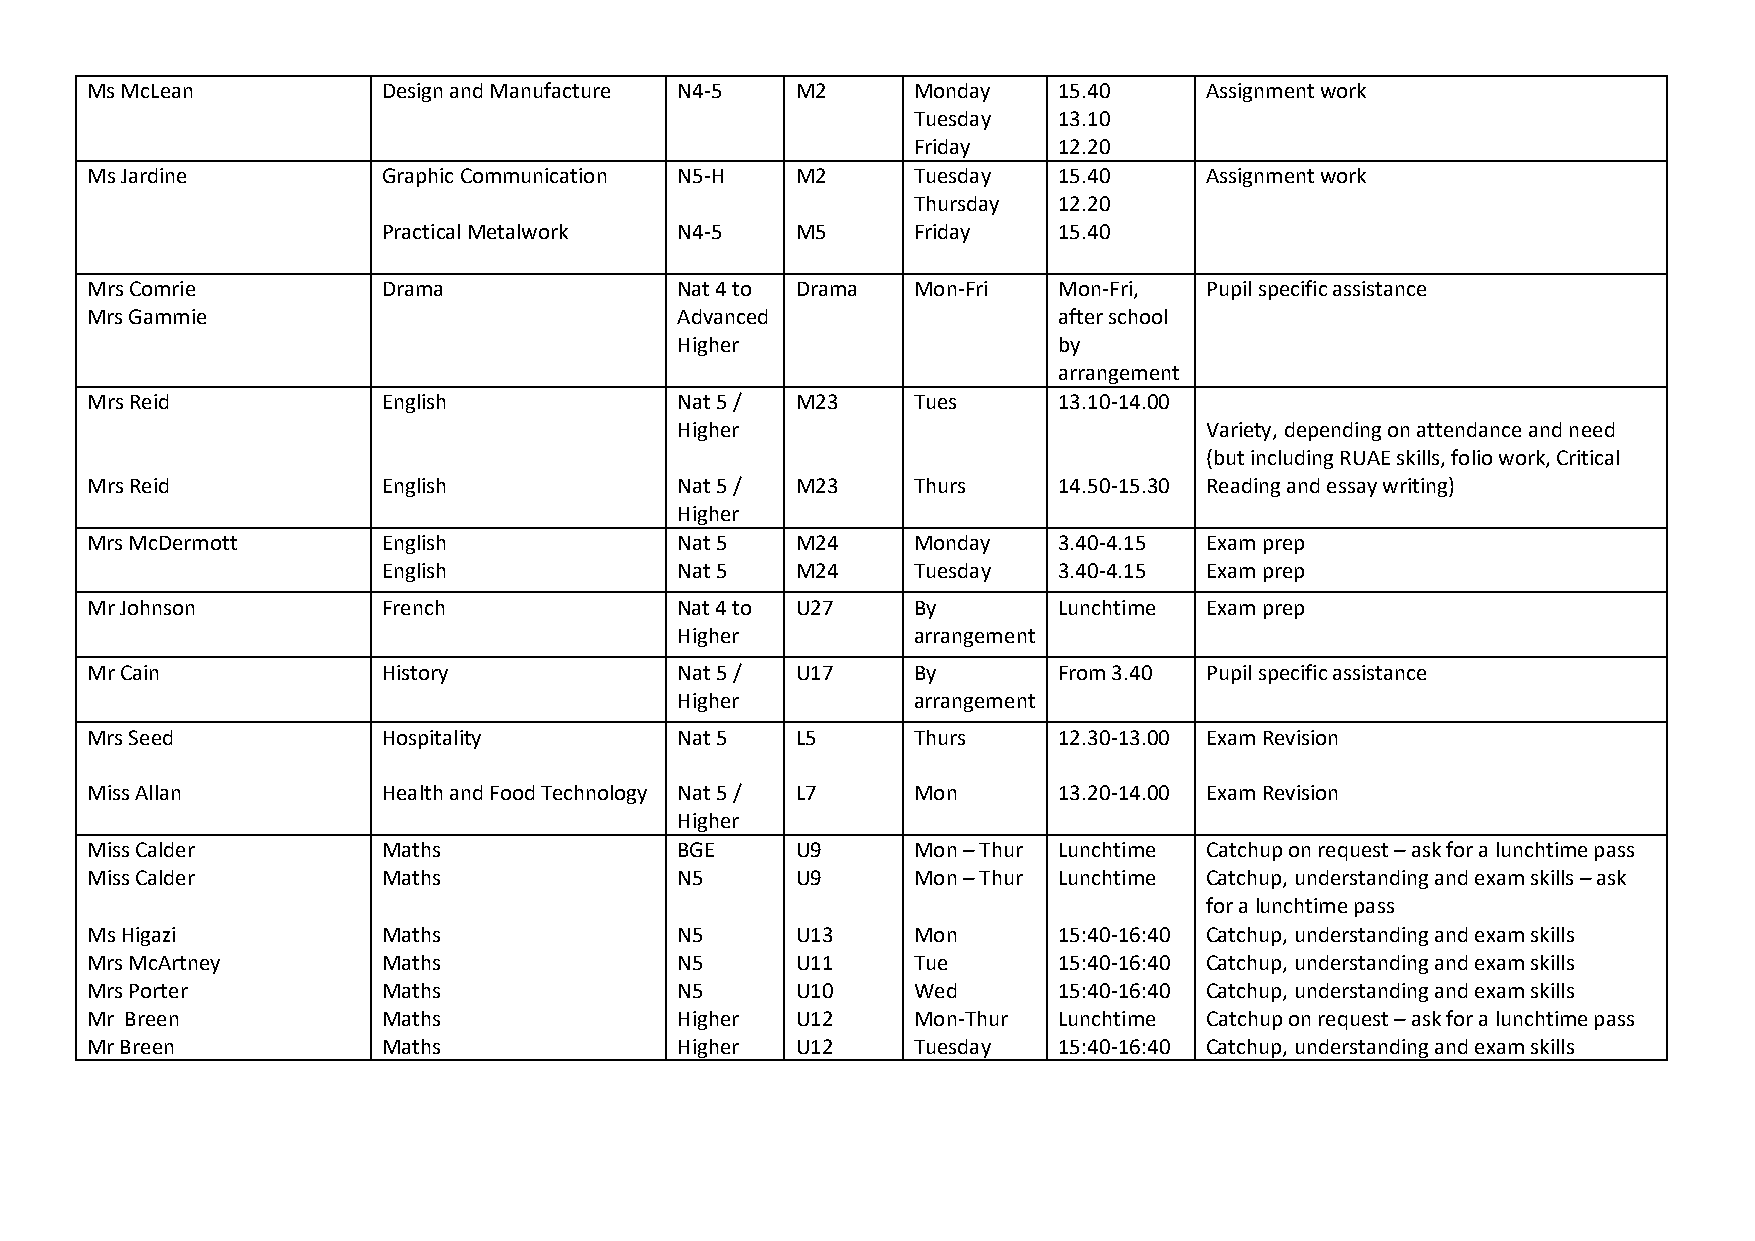
Ms McLean          Design and Manufacture N4-5 M2     Monday    15.40     Assignment work
 Tuesday   13.10
 Friday    12.20
 Ms Jardine         Graphic Communication N5-H  M2     Tuesday   15.40     Assignment work
 Thursday  12.20
 Practical Metalwork N4-5    M5     Friday    15.40
 Mrs Comrie         Drama               Nat 4 to Drama Mon-Fri   Mon-Fri,  Pupil specific assistance
 Mrs Gammie                             Advanced                 after school
 Higher                   by
 arrangement
 Mrs Reid           English             Nat 5 / M23    Tues      13.10-14.00
 Higher                             Variety, depending on attendance and need
 (but including RUAE skills, folio work, Critical
 Mrs Reid           English             Nat 5 / M23    Thurs     14.50-15.30 Reading and essay writing)
 Higher
 Mrs McDermott      English             Nat 5   M24    Monday    3.40-4.15 Exam prep
 English             Nat 5   M24    Tuesday   3.40-4.15 Exam prep
 Mr Johnson         French              Nat 4 to U27   By        Lunchtime Exam prep
 Higher         arrangement
 Mr Cain            History             Nat 5 / U17    By        From 3.40 Pupil specific assistance
 Higher         arrangement
 Mrs Seed           Hospitality         Nat 5   L5     Thurs     12.30-13.00 Exam Revision
 Miss Allan         Health and Food Technology Nat 5 / L7 Mon    13.20-14.00 Exam Revision
 Higher
 Miss Calder        Maths               BGE     U9     Mon – Thur Lunchtime Catchup on request – ask for a lunchtime pass
 Miss Calder        Maths               N5      U9     Mon – Thur Lunchtime Catchup, understanding and exam skills – ask
 for a lunchtime pass
 Ms Higazi          Maths               N5      U13    Mon       15:40-16:40 Catchup, understanding and exam skills
 Mrs McArtney       Maths               N5      U11    Tue       15:40-16:40 Catchup, understanding and exam skills
 Mrs Porter         Maths               N5      U10    Wed       15:40-16:40 Catchup, understanding and exam skills
 Mr Breen           Maths               Higher  U12    Mon-Thur  Lunchtime Catchup on request – ask for a lunchtime pass
 Mr Breen           Maths               Higher  U12    Tuesday   15:40-16:40 Catchup, understanding and exam skills